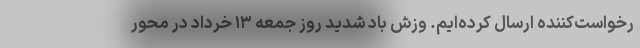
رخواست‌کننده ارسال کرده‌ایم. وزش باد شدید روز جمعه ۱۳ خرداد در محور